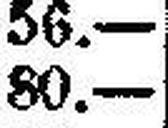
80.—